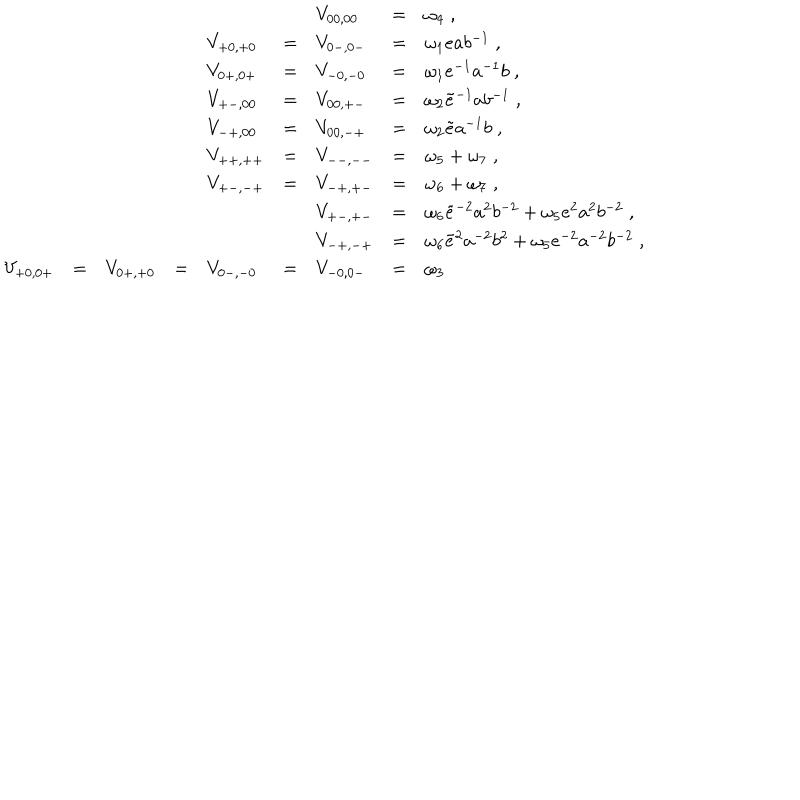
LaTeX: \begin{array} { l l l l l l l l l } { { } } & { { } } & { { } } & { { } } & { { } } & { { } } & { { V _ { 0 0 , 0 0 } } } & { { = } } & { { \omega _ { 4 } \; , } } \\ { { } } & { { } } & { { } } & { { } } & { { V _ { + 0 , + 0 } } } & { { = } } & { { V _ { 0 - , 0 - } } } & { { = } } & { { \omega _ { 1 } e a b ^ { - 1 } \; , } } \\ { { } } & { { } } & { { } } & { { } } & { { V _ { 0 + , 0 + } } } & { { = } } & { { V _ { - 0 , - 0 } } } & { { = } } & { { \omega _ { 1 } e ^ { - 1 } a ^ { - 1 } b \; , } } \\ { { } } & { { } } & { { } } & { { } } & { { V _ { + - , 0 0 } } } & { { = } } & { { V _ { 0 0 , + - } } } & { { = } } & { { \omega _ { 2 } \tilde { e } ^ { - 1 } a b ^ { - 1 } \; , } } \\ { { } } & { { } } & { { } } & { { } } & { { V _ { - + , 0 0 } } } & { { = } } & { { V _ { 0 0 , - + } } } & { { = } } & { { \omega _ { 2 } \tilde { e } a ^ { - 1 } b \; , } } \\ { { } } & { { } } & { { } } & { { } } & { { V _ { + + , + + } } } & { { = } } & { { V _ { -- , -- } } } & { { = } } & { { \omega _ { 5 } + \omega _ { 7 } \; , } } \\ { { } } & { { } } & { { } } & { { } } & { { V _ { + - , - + } } } & { { = } } & { { V _ { - + , + - } } } & { { = } } & { { \omega _ { 6 } + \omega _ { 7 } \; , } } \\ { { } } & { { } } & { { } } & { { } } & { { } } & { { } } & { { V _ { + - , + - } } } & { { = } } & { { \omega _ { 6 } \tilde { e } ^ { - 2 } a ^ { 2 } b ^ { - 2 } + \omega _ { 5 } e ^ { 2 } a ^ { 2 } b ^ { - 2 } \; , } } \\ { { } } & { { } } & { { } } & { { } } & { { } } & { { } } & { { V _ { - + , - + } } } & { { = } } & { { \omega _ { 6 } \tilde { e } ^ { 2 } a ^ { - 2 } b ^ { 2 } + \omega _ { 5 } e ^ { - 2 } a ^ { - 2 } b ^ { - 2 } \; , } } \\ { { V _ { + 0 , 0 + } } } & { { = } } & { { V _ { 0 + , + 0 } } } & { { = } } & { { V _ { 0 - , - 0 } } } & { { = } } & { { V _ { - 0 , 0 - } } } & { { = } } & { { \omega _ { 3 } } } \\ \end{array}